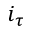
i _ { \tau }